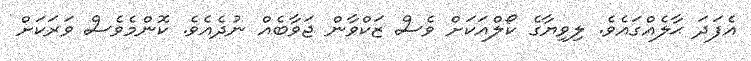
އެފަދަ ޙާލެއްގައެވެ. ލިވިޔާގެ ކޯލްއަކަށް ވެސް ޒަކްވާން ޖަވާބެއް ނުދެއެވެ. ކޮންމެވެސް ވަރަކަށް